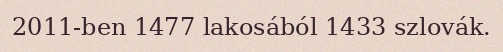
2011-ben 1477 lakosából 1433 szlovák.